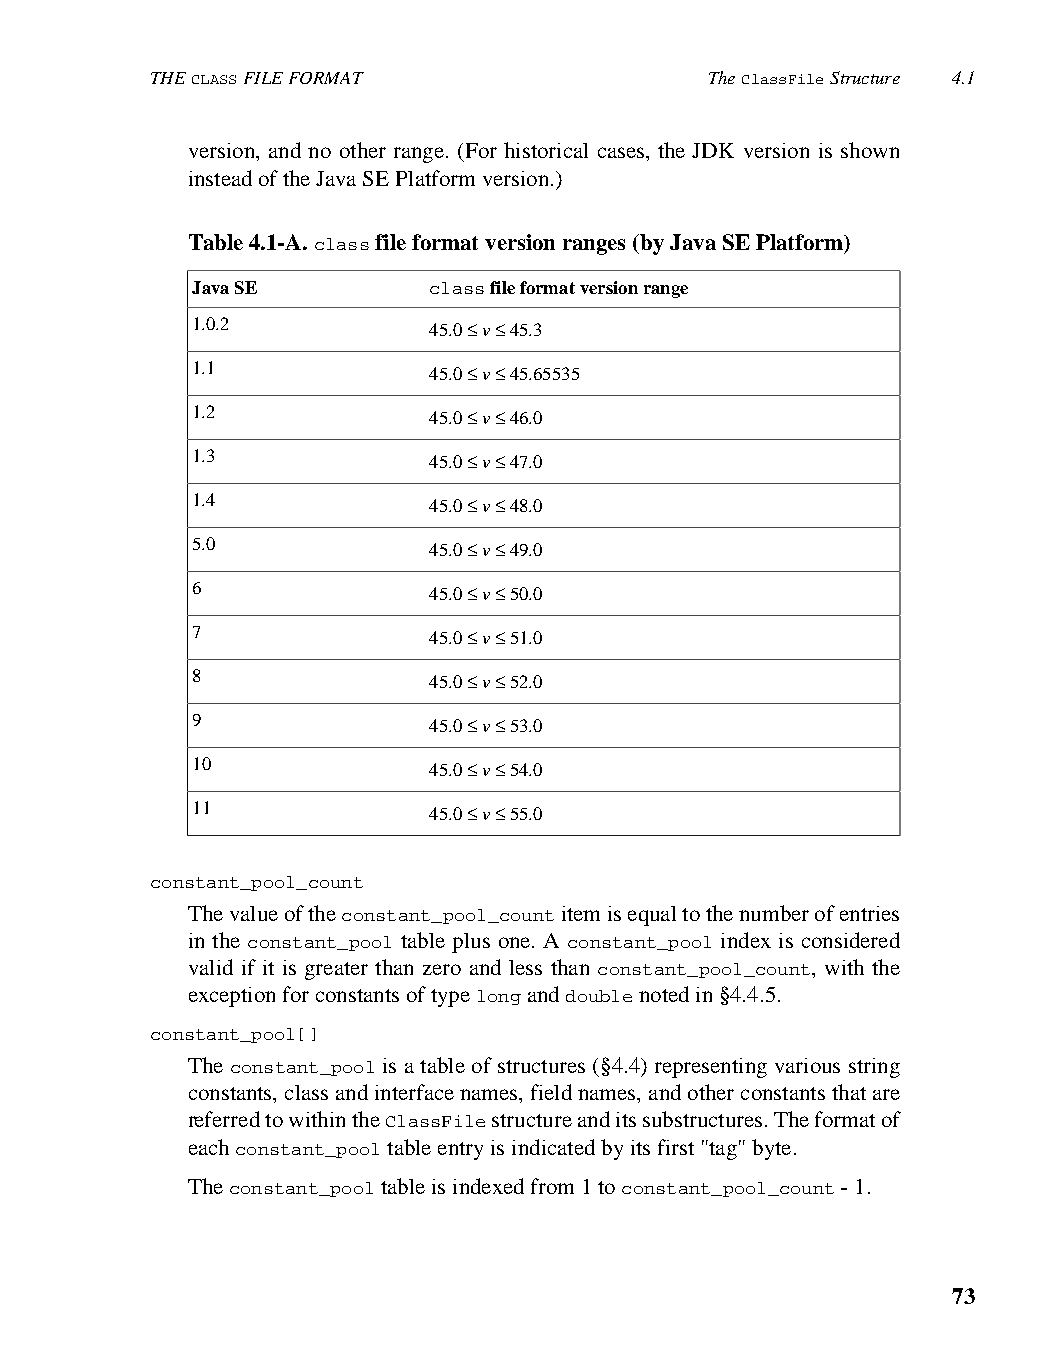
THE CLASS FILE FORMAT                The ClassFile Structure 4.1
 version, and no other range. (For historical cases, the JDK version is shown
 instead of the Java SE Platform version.)
 Table 4.1-A. class file format version ranges (by Java SE Platform)
 Java SE        class file format version range
 1.0.2          45.0 ≤ v ≤ 45.3
 1.1            45.0 ≤ v ≤ 45.65535
 1.2            45.0 ≤ v ≤ 46.0
 1.3            45.0 ≤ v ≤ 47.0
 1.4            45.0 ≤ v ≤ 48.0
 5.0            45.0 ≤ v ≤ 49.0
 6              45.0 ≤ v ≤ 50.0
 7              45.0 ≤ v ≤ 51.0
 8              45.0 ≤ v ≤ 52.0
 9              45.0 ≤ v ≤ 53.0
 10             45.0 ≤ v ≤ 54.0
 11             45.0 ≤ v ≤ 55.0
 constant_pool_count
 The value of the constant_pool_count item is equal to the number of entries
 in the constant_pool table plus one. A constant_pool index is considered
 valid if it is greater than zero and less than constant_pool_count, with the
 exception for constants of type long and double noted in §4.4.5.
 constant_pool[]
 The constant_pool is a table of structures (§4.4) representing various string
 constants, class and interface names, field names, and other constants that are
 referred to within the ClassFile structure and its substructures. The format of
 each constant_pool table entry is indicated by its first "tag" byte.
 The constant_pool table is indexed from 1 to constant_pool_count - 1.
 73